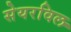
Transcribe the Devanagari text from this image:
सेयरविल